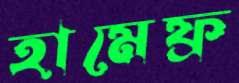
হামেফ্র